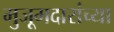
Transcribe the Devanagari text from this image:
मुजूमदारांच्या